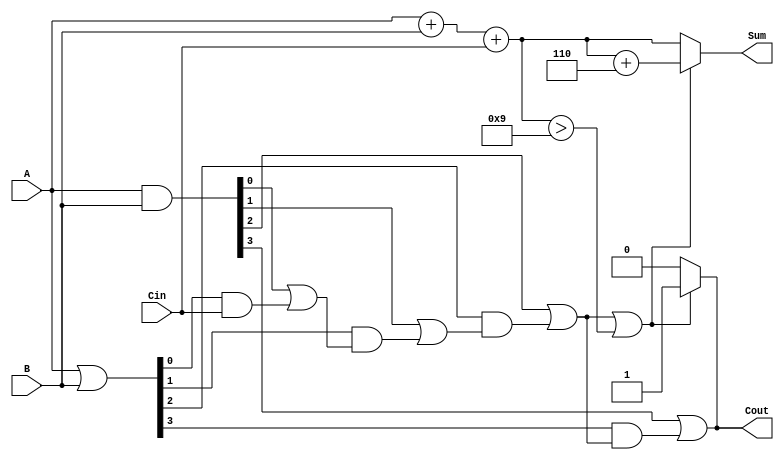
module BCD_Carry_Lookahead_Adder (
    input [3:0] A,        // 4-bit BCD input A
    input [3:0] B,        // 4-bit BCD input B
    input Cin,            // 1-bit carry input
    output reg [3:0] Sum, // 4-bit BCD sum output
    output reg Cout       // 1-bit carry output
);

    wire [4:0] S;         // 5-bit sum to accommodate carry
    wire [3:0] G;         // Generate signals
    wire [3:0] P;         // Propagate signals
    wire C1, C2, C3;      // Intermediate carry outputs

    // Step 1: Calculate the initial sum
    assign S = A + B + Cin;

    // Step 2: Generate and propagate signals
    assign G = A & B;       // Generate signals
    assign P = A | B;       // Propagate signals

    // Step 3: Carry calculation using carry lookahead logic
    assign C1 = G[0] | (P[0] & Cin);
    assign C2 = G[1] | (P[1] & C1);
    assign C3 = G[2] | (P[2] & C2);
    assign Cout = G[3] | (P[3] & C3);

    // Step 4: BCD correction logic
    always @(*) begin
        if (C3 || (S[3:0] > 4'b1001)) begin
            // Add 6 (0110) to the sum if correction is needed
            Sum = S[3:0] + 4'b0110; 
            Cout = 1; // Set carry out
        end else begin
            Sum = S[3:0]; // No correction needed
            Cout = 0;     // No carry out
        end
    end

endmodule